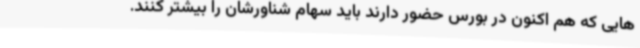
هایی که هم اکنون در بورس حضور دارند باید سهام شناورشان را بیشتر کنند.